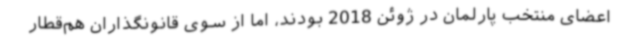
اعضای منتخب پارلمان در ژوئن 2018 بودند، اما از سوی قانونگذاران هم‌قطار